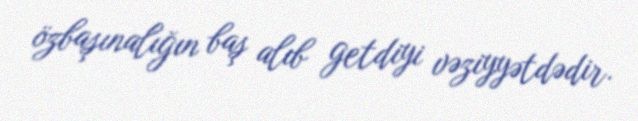
özbaşınalığın baş alıb getdiyi vəziyyətdədir.